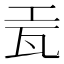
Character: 𬎥